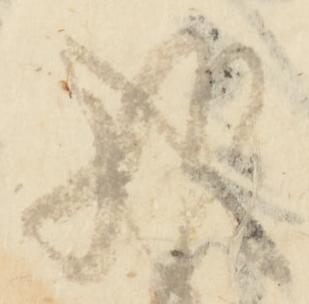
成